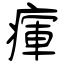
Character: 瘒